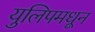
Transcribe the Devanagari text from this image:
युलिपमधून